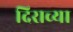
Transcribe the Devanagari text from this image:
दिराच्या